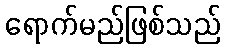
ရောက်မည်ဖြစ်သည်